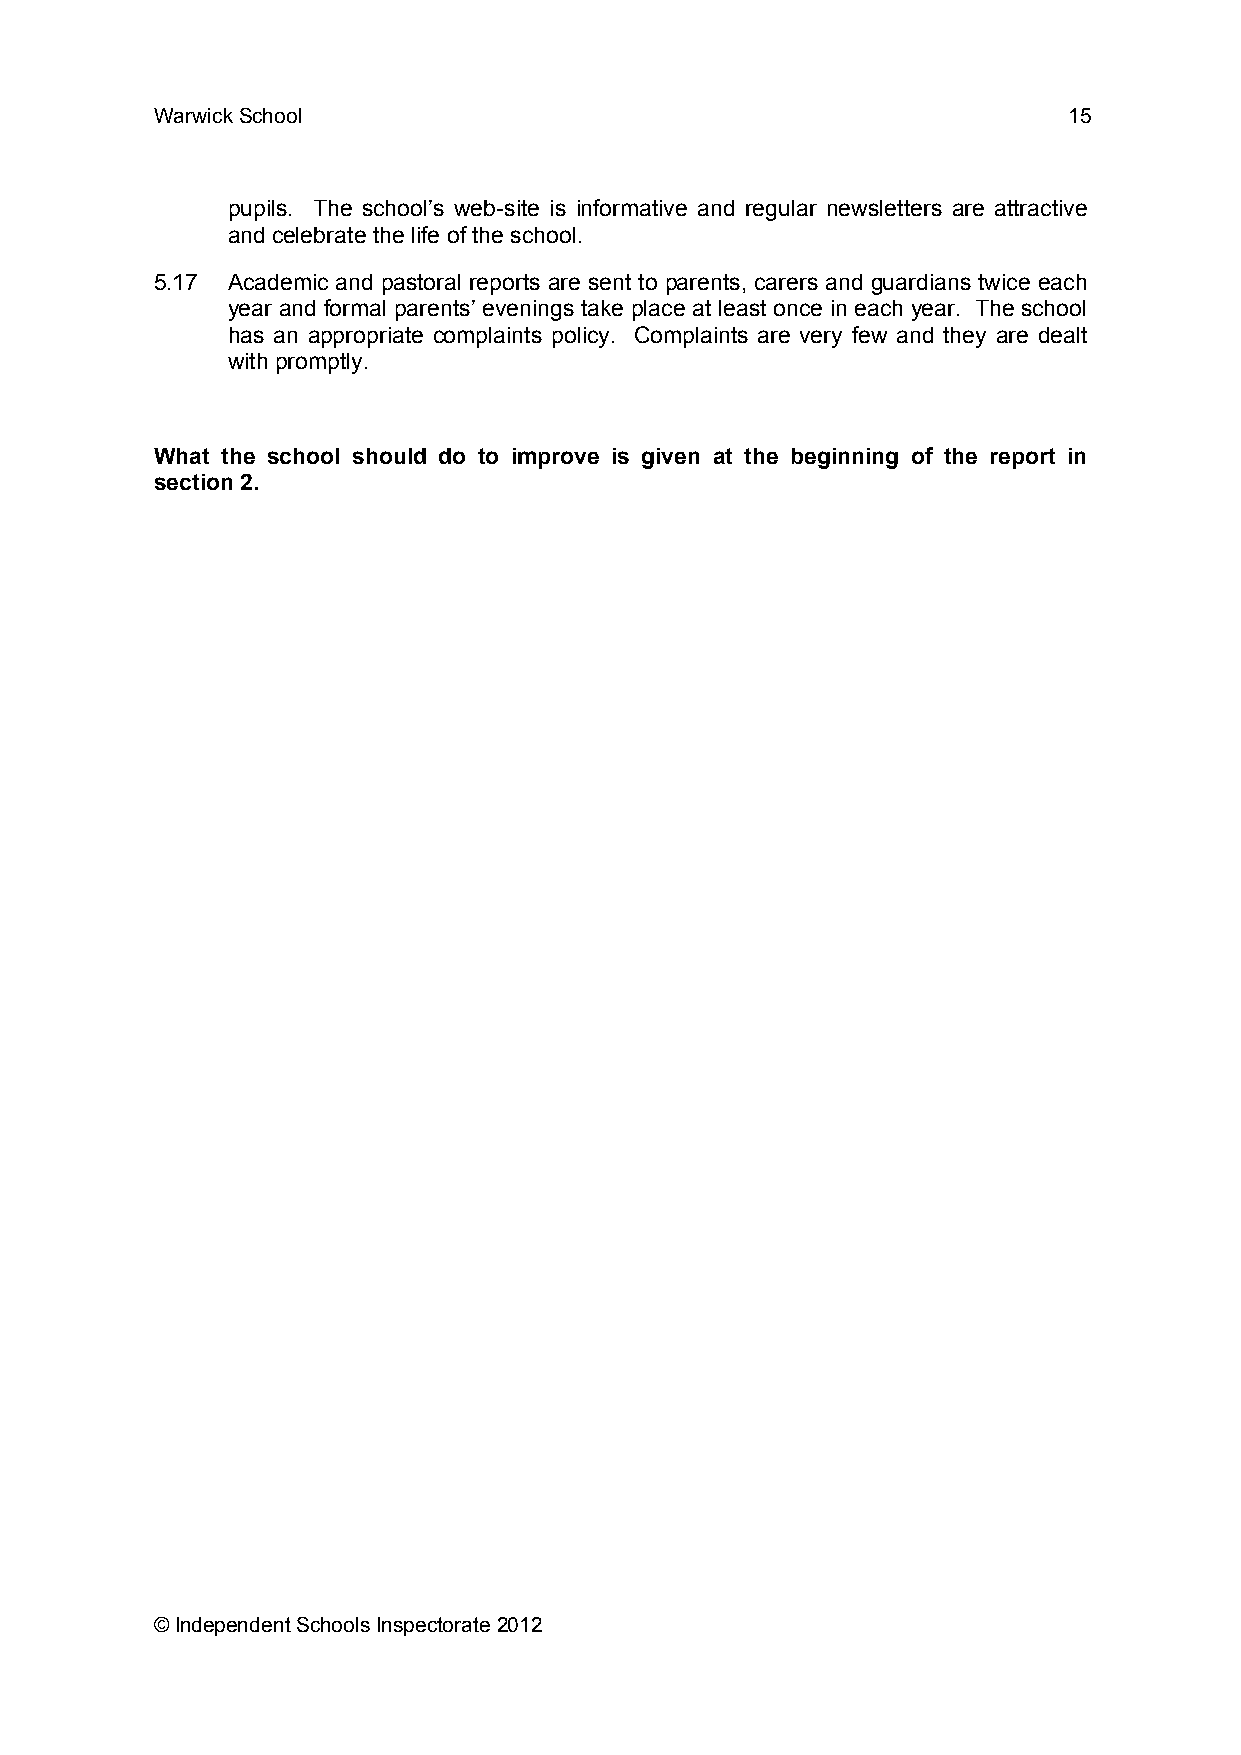
Warwick School                                               15
 pupils. The school’s web-site is informative and regular newsletters are attractive
 and celebrate the life of the school.
 5.17 Academic and pastoral reports are sent to parents, carers and guardians twice each
 year and formal parents’ evenings take place at least once in each year. The school
 has an appropriate complaints policy. Complaints are very few and they are dealt
 with promptly.
 What the school should do to improve is given at the beginning of the report in
 section 2.
 © Independent Schools Inspectorate 2012